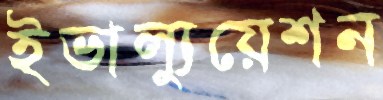
ইভাল্যুয়েশন